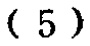
-5